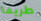
طريفة